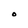
Character: O